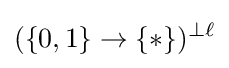
(\{0,1\}\to \{*\})^{\perp \ell }